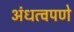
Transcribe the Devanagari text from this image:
अंधत्वपणे